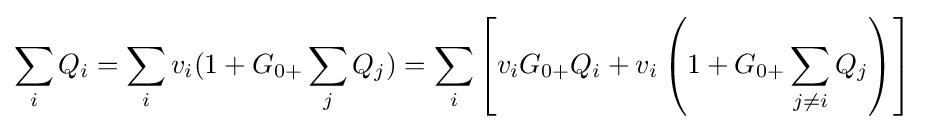
\sum \limits _{i}{Q_{i}}=\sum \limits _{i}{{v_{i}}(1+{G_{0+}}\sum \limits _{j}{Q_{j}}})=\sum \limits _{i}{\left[{{v_{i}}{G_{0+}}{Q_{i}}+{v_{i}}\left({1+{G_{0+}}\sum \limits _{j\neq i}{Q_{j}}}\right)}\right]}